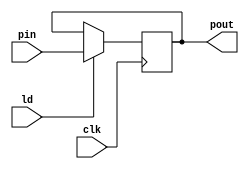
module register_ (clk,pin,ld,pout);
    
    input clk;
    input ld;
    input [1:0]pin;
    output reg [1:0]pout;

    always @(posedge clk) begin
        if(ld) pout <= pin;
        else pout <= pout;
    end

endmodule